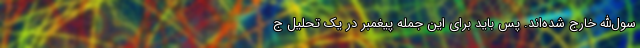
سول‌الله خارج شده‌اند. پس باید برای این جمله پیغمبر در یک تحلیل ج